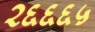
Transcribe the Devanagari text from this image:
२६६६५